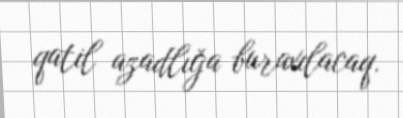
qatil azadlığa buraxılacaq.